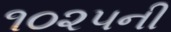
૧૦૨૫ની